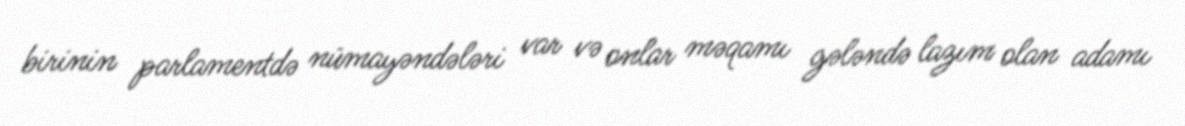
birinin parlamentdə nümayəndələri var və onlar məqamı gələndə lazım olan adamı